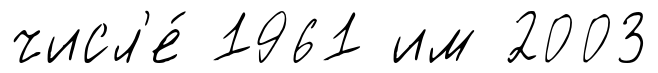
числ'е́ 1961 им 2003